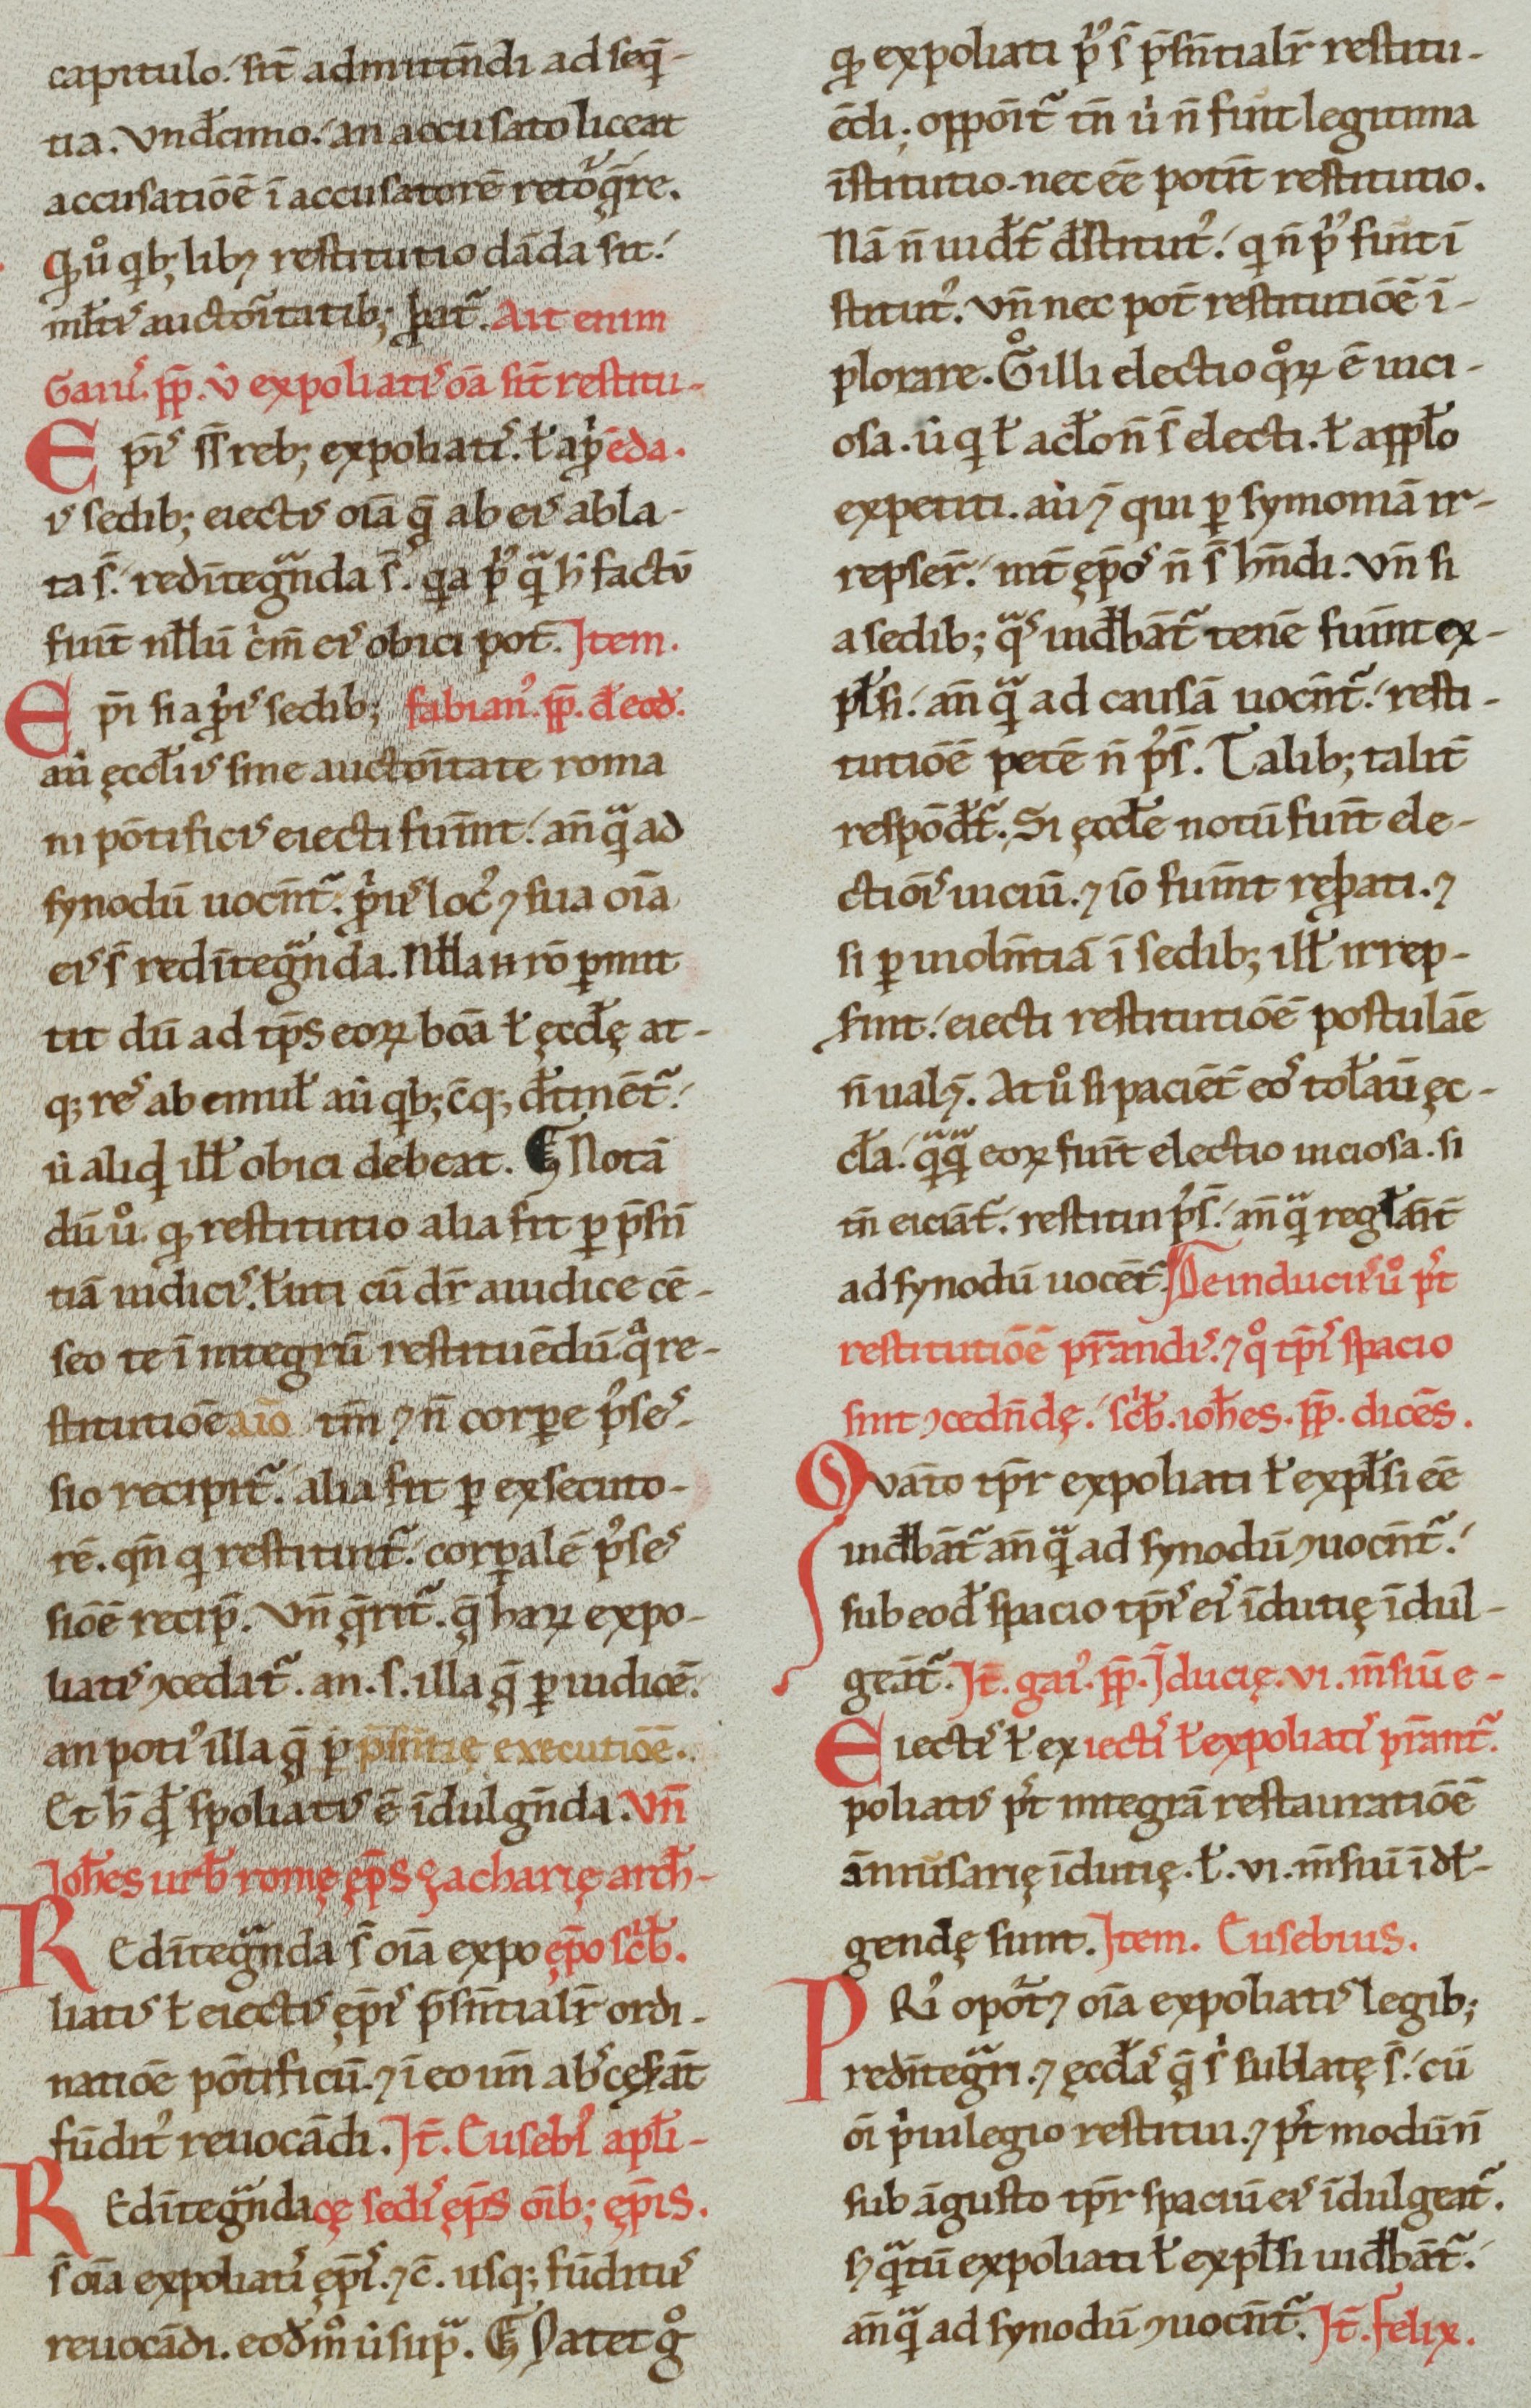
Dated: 1100–1199